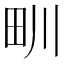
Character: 甽